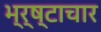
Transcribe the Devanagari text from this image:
भ्र्ष्टाचार